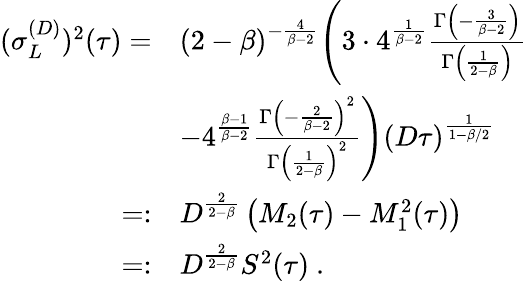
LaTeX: \begin{array}{rl}{(\sigma_{L}^{(D)})^{2}(\tau)=}&{(2-\beta)^{-\frac{4}{\beta-2}}\Bigg(3\cdot 4^{\frac{1}{\beta-2}}\frac{\Gamma\left(-\frac{3}{\beta-2}\right)}{\Gamma\left(\frac{1}{2-\beta}\right)}}\\ &{-4^{\frac{\beta-1}{\beta-2}}\frac{\Gamma\left(-\frac{2}{\beta-2}\right)^{2}}{\Gamma\left(\frac{1}{2-\beta}\right)^{2}}\Bigg)(D\tau)^{\frac{1}{1-\beta/2}}}\\ {=:}&{D^{\frac{2}{2-\beta}}\left(M_{2}(\tau)-M_{1}^{2}(\tau)\right)}\\ {=:}&{D^{\frac{2}{2-\beta}}S^{2}(\tau)\ .}\end{array}